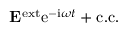
{ \bf E } ^ { \mathrm { e x t } } \mathrm { e } ^ { - \mathrm { i } \omega t } + \mathrm { c . c . }